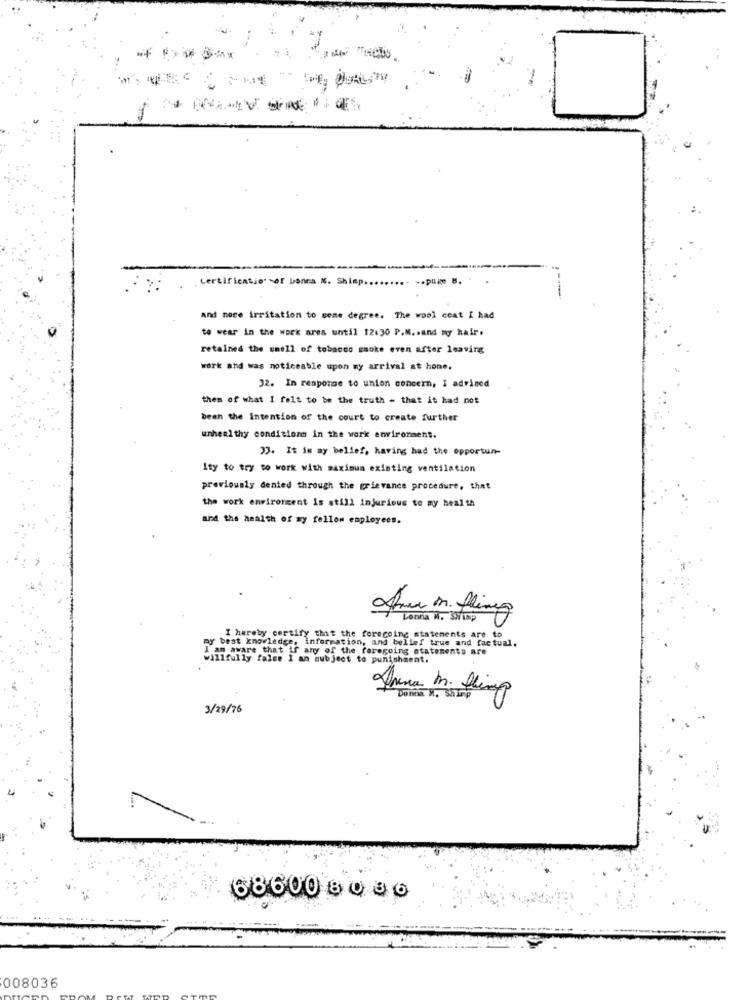
Certificationof bonna M. Shisp ..
and nere irritation to come degree. The wool ceat i had
to wear in the work area until 12:30 P.M. sand my hair.
retained the smell of tobacco gaoke even after leaving
work and was noticeable upon my arrival at home.
32. In response to union concern, I advised
them of what I felt to be the truth - that it had not
bean the intention of the court to create further
unhealthy conditions in the work environment.
>>. It is my belief, having had the opportun-
Ity to try to work with maximum existing ventilation
previously denied through the grievance procedure, that
the work environment is still injurious to my health
and the health of my fellow employees.
Lonna A. 37up
my best knowledge, information, and bell
I hereby certify that the foregoing statements are to
aware that if any of the foregoing statements are
ns belief true and factual.
I an subject to punishment.
Donna H, ShIn6
3/29/76
686008036
008036